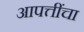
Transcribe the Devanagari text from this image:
आपत्तींचा